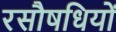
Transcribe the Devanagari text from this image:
रसौषधियों